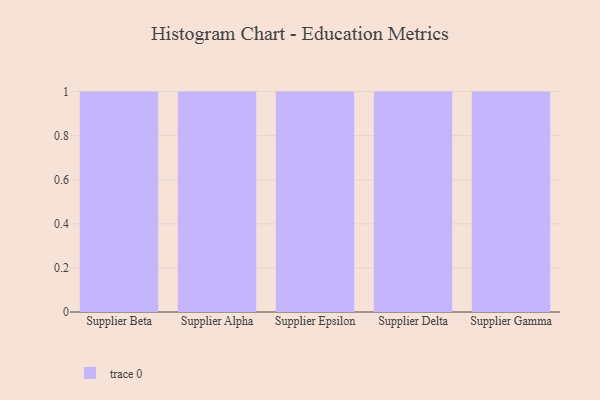
{"axis": {"x": "Supplier", "y": "Page Views"}, "legend": [""], "data": [{"x": "Supplier Beta", "y": 27, "type": ""}, {"x": "Supplier Alpha", "y": 95, "type": ""}, {"x": "Supplier Epsilon", "y": 61, "type": ""}, {"x": "Supplier Delta", "y": 59, "type": ""}, {"x": "Supplier Gamma", "y": 80, "type": ""}]}